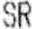
SR